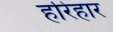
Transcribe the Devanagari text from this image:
हरिहार